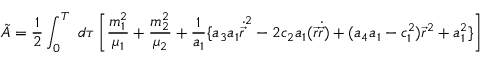
\tilde { A } = \frac { 1 } { 2 } \int _ { 0 } ^ { T } ~ d \tau \left[ \frac { m _ { 1 } ^ { 2 } } { \mu _ { 1 } } + \frac { m _ { 2 } ^ { 2 } } { \mu _ { 2 } } + \frac { 1 } { a _ { 1 } } \{ a _ { 3 } a _ { 1 } \dot { \vec { r } } ^ { 2 } - 2 c _ { 2 } a _ { 1 } ( \vec { r } \dot { \vec { r } } ) + ( a _ { 4 } a _ { 1 } - c _ { 1 } ^ { 2 } ) \vec { r } ^ { 2 } + a _ { 1 } ^ { 2 } \} \right]